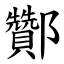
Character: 酇